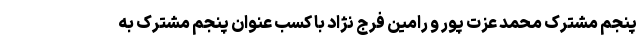
پنجم مشترک محمد عزت پور و رامین فرج نژاد با کسب عنوان پنجم مشترک به